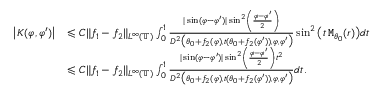
\begin{array} { r l } { \big | K ( \varphi , \varphi ^ { \prime } ) \big | } & { \leqslant C \| f _ { 1 } - f _ { 2 } \| _ { L ^ { \infty } ( \mathbb { T } ) } \int _ { 0 } ^ { 1 } \frac { | \sin ( \varphi - \varphi ^ { \prime } ) | \sin ^ { 2 } \left( \frac { \varphi - \varphi ^ { \prime } } { 2 } \right) } { D ^ { 2 } \big ( \theta _ { 0 } + f _ { 2 } ( \varphi ) , t ( \theta _ { 0 } + f _ { 2 } ( \varphi ^ { \prime } ) ) , \varphi , \varphi ^ { \prime } \big ) } \sin ^ { 2 } \big ( t \, \mathtt { M } _ { \theta _ { 0 } } ( r ) \big ) d t } \\ & { \leqslant C \| f _ { 1 } - f _ { 2 } \| _ { L ^ { \infty } ( \mathbb { T } ) } \int _ { 0 } ^ { 1 } \frac { | \sin ( \varphi - \varphi ^ { \prime } ) | \sin ^ { 2 } \left( \frac { \varphi - \varphi ^ { \prime } } { 2 } \right) t ^ { 2 } } { D ^ { 2 } \big ( \theta _ { 0 } + f _ { 2 } ( \varphi ) , t ( \theta _ { 0 } + f _ { 2 } ( \varphi ^ { \prime } ) ) , \varphi , \varphi ^ { \prime } \big ) } d t . } \end{array}